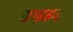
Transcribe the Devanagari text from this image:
वाइडन